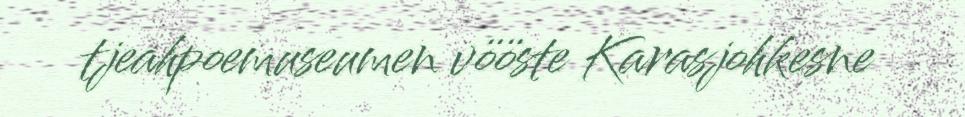
tjeahpoemuseumen vööste Karasjohkesne